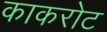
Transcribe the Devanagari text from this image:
काकरोट